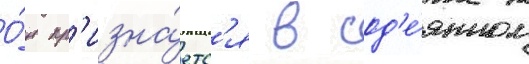
О́н пр'изна́етс'я в сод'е́янном